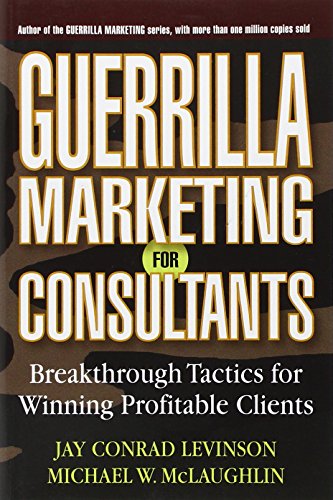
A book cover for Guerrilla Marketing for Consultants: Breakthrough Tactics for Winning Profitable Clients; Jay Conrad Levinson; Business & Money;